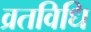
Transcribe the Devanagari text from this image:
व्रतविधि